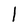
Character: l